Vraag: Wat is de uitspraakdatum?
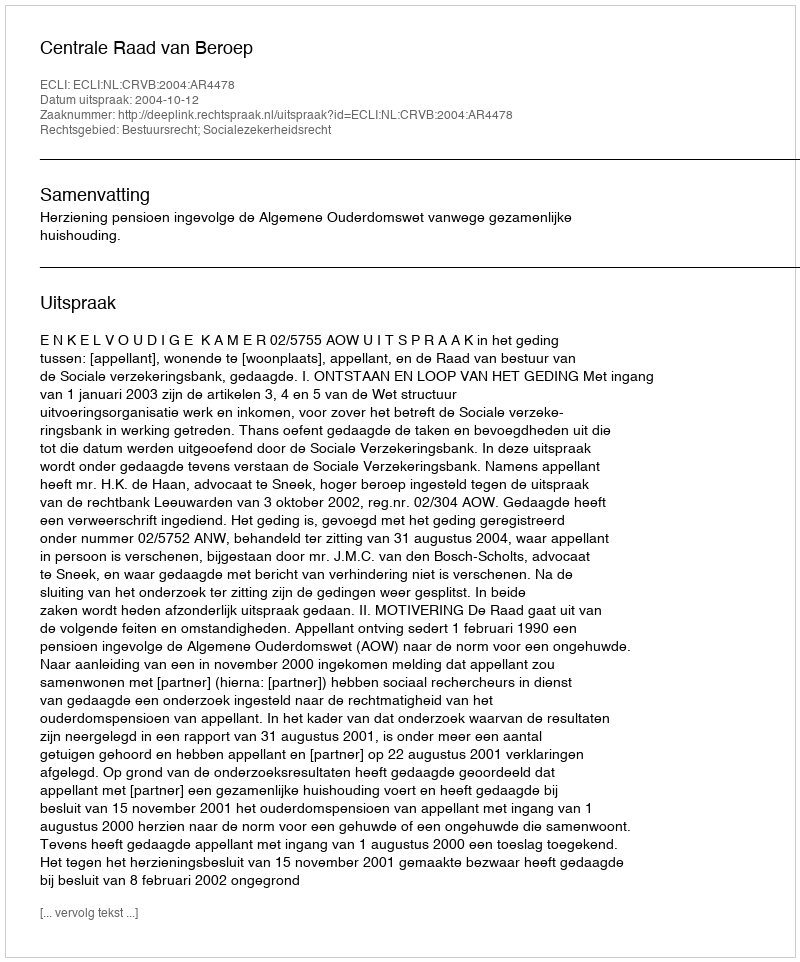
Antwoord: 2004-10-12